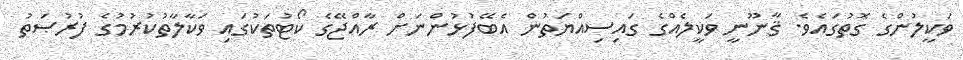
ވަކީލުންގެ ގޮތުގައެވެ. ޤާނޫނީ ވަކީލެއްގެ ގައިސިއްޔަތުން އެބޭފުޅުންނަށް ރާއްޖޭގެ ކޯޓުތަކުގައި ވަކާލާތުކުރުމުގެ ފުރުޞަތު